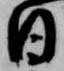
日